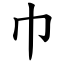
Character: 巾